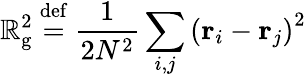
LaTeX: \mathbb{R}_{\mathrm{{g}}}^{2}\ {\stackrel{\mathrm{{def}}}{=}}\ {\frac{{1}}{{2N^{2}}}}\sum_{i,j}\left(\mathbf{{r}}_{i}-\mathbf{{r}}_{j}\right)^{2}